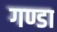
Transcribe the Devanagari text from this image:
गण्डा